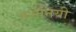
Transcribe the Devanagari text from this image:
दर्शनियी